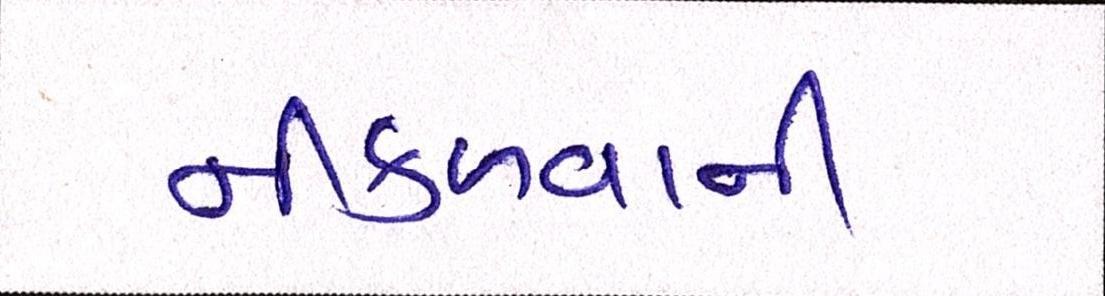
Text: નીકળવાની